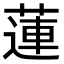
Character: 蓮